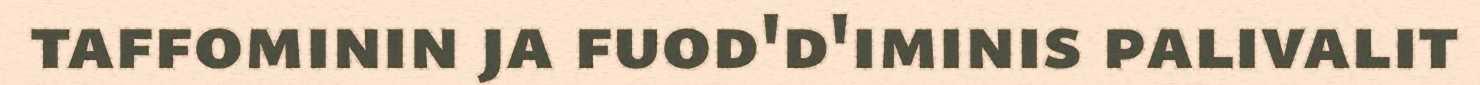
taffominin ja fuod'd'iminis palivalit